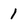
Character: 1